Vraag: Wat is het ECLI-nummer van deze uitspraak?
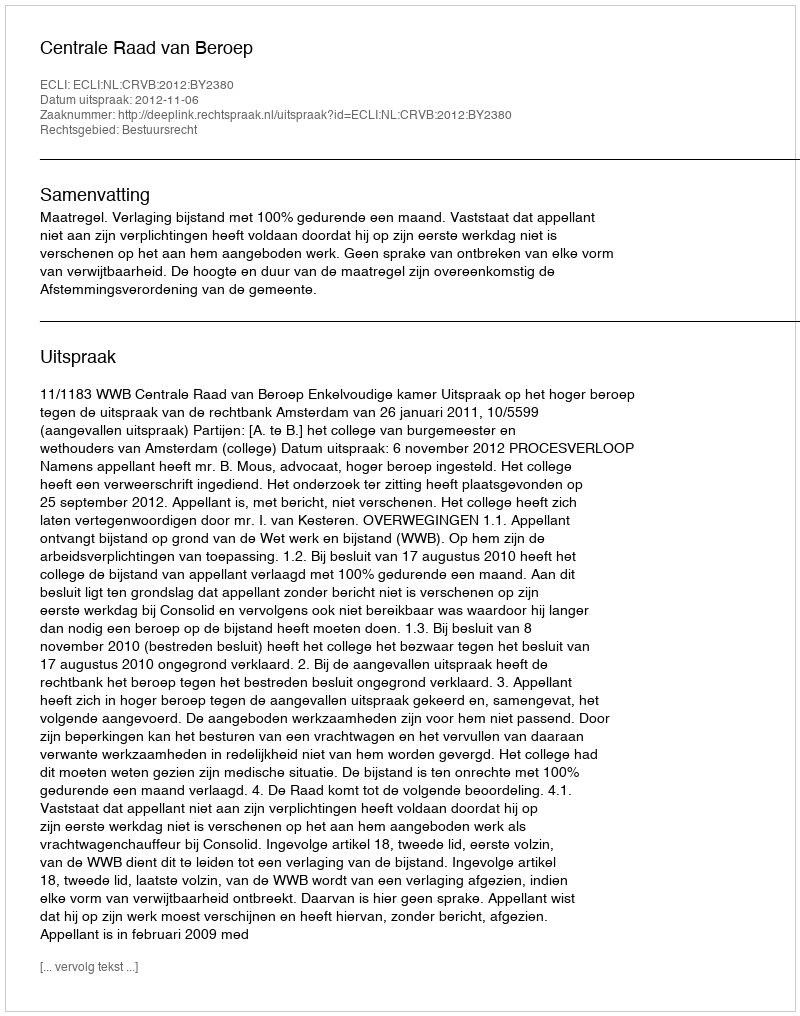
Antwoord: ECLI:NL:CRVB:2012:BY2380